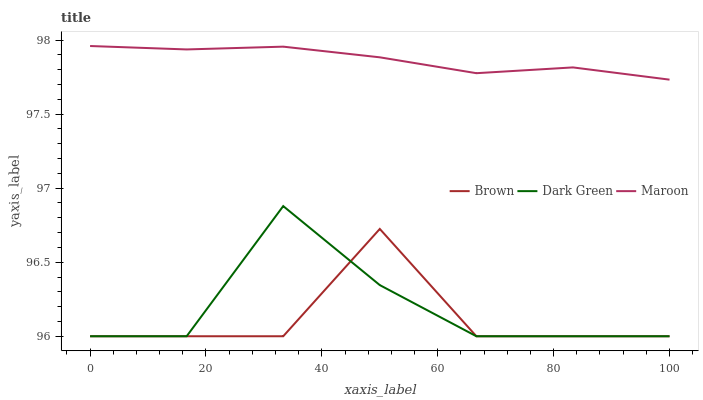
| xaxis_label | Brown | Dark Green | Maroon |
 | --- | --- | --- | --- |
 | 0 | 96 | 96 | 98 |
 | 16.7 | 96 | 96 | 97.9 |
 | 33.3 | 96 | 96.9 | 98 |
 | 50 | 96.7 | 96.3 | 97.9 |
 | 66.7 | 96 | 96 | 97.8 |
 | 83.3 | 96 | 96 | 97.8 |
 | 100 | 96 | 96 | 97.7 |